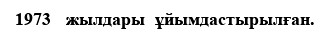
1973   жылдары  ұйымдастырылған.